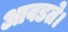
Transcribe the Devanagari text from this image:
आवडते।